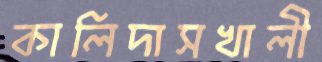
কালিদাসখালী